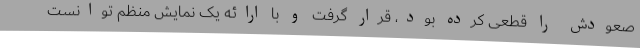
صعودش را قطعی کرده بود، قرار گرفت و با ارائه یک نمایش منظم توانست